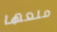
منعها